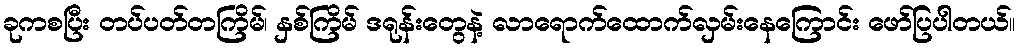
ခုကစပြီး တပ်ပတ်တကြိမ်၊ နှစ်ကြိမ် ဒရုန်းတွေနဲ့ လာရောက်ထောက်လှမ်းနေကြောင်း ဖော်ပြပါတယ်။